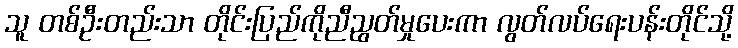
သူ တစ်ဦးတည်းသာ တိုင်းပြည်ကိုညီညွတ်မှုပေးကာ လွတ်လပ်ရေးပန်းတိုင်သို့